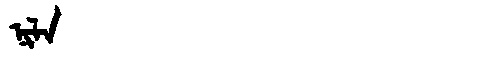
Manchu: ᠨᡳᠯᠠ
Romanization: NILA